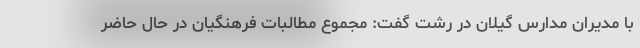
با مدیران مدارس گیلان در رشت گفت: مجموع مطالبات فرهنگیان در حال حاضر